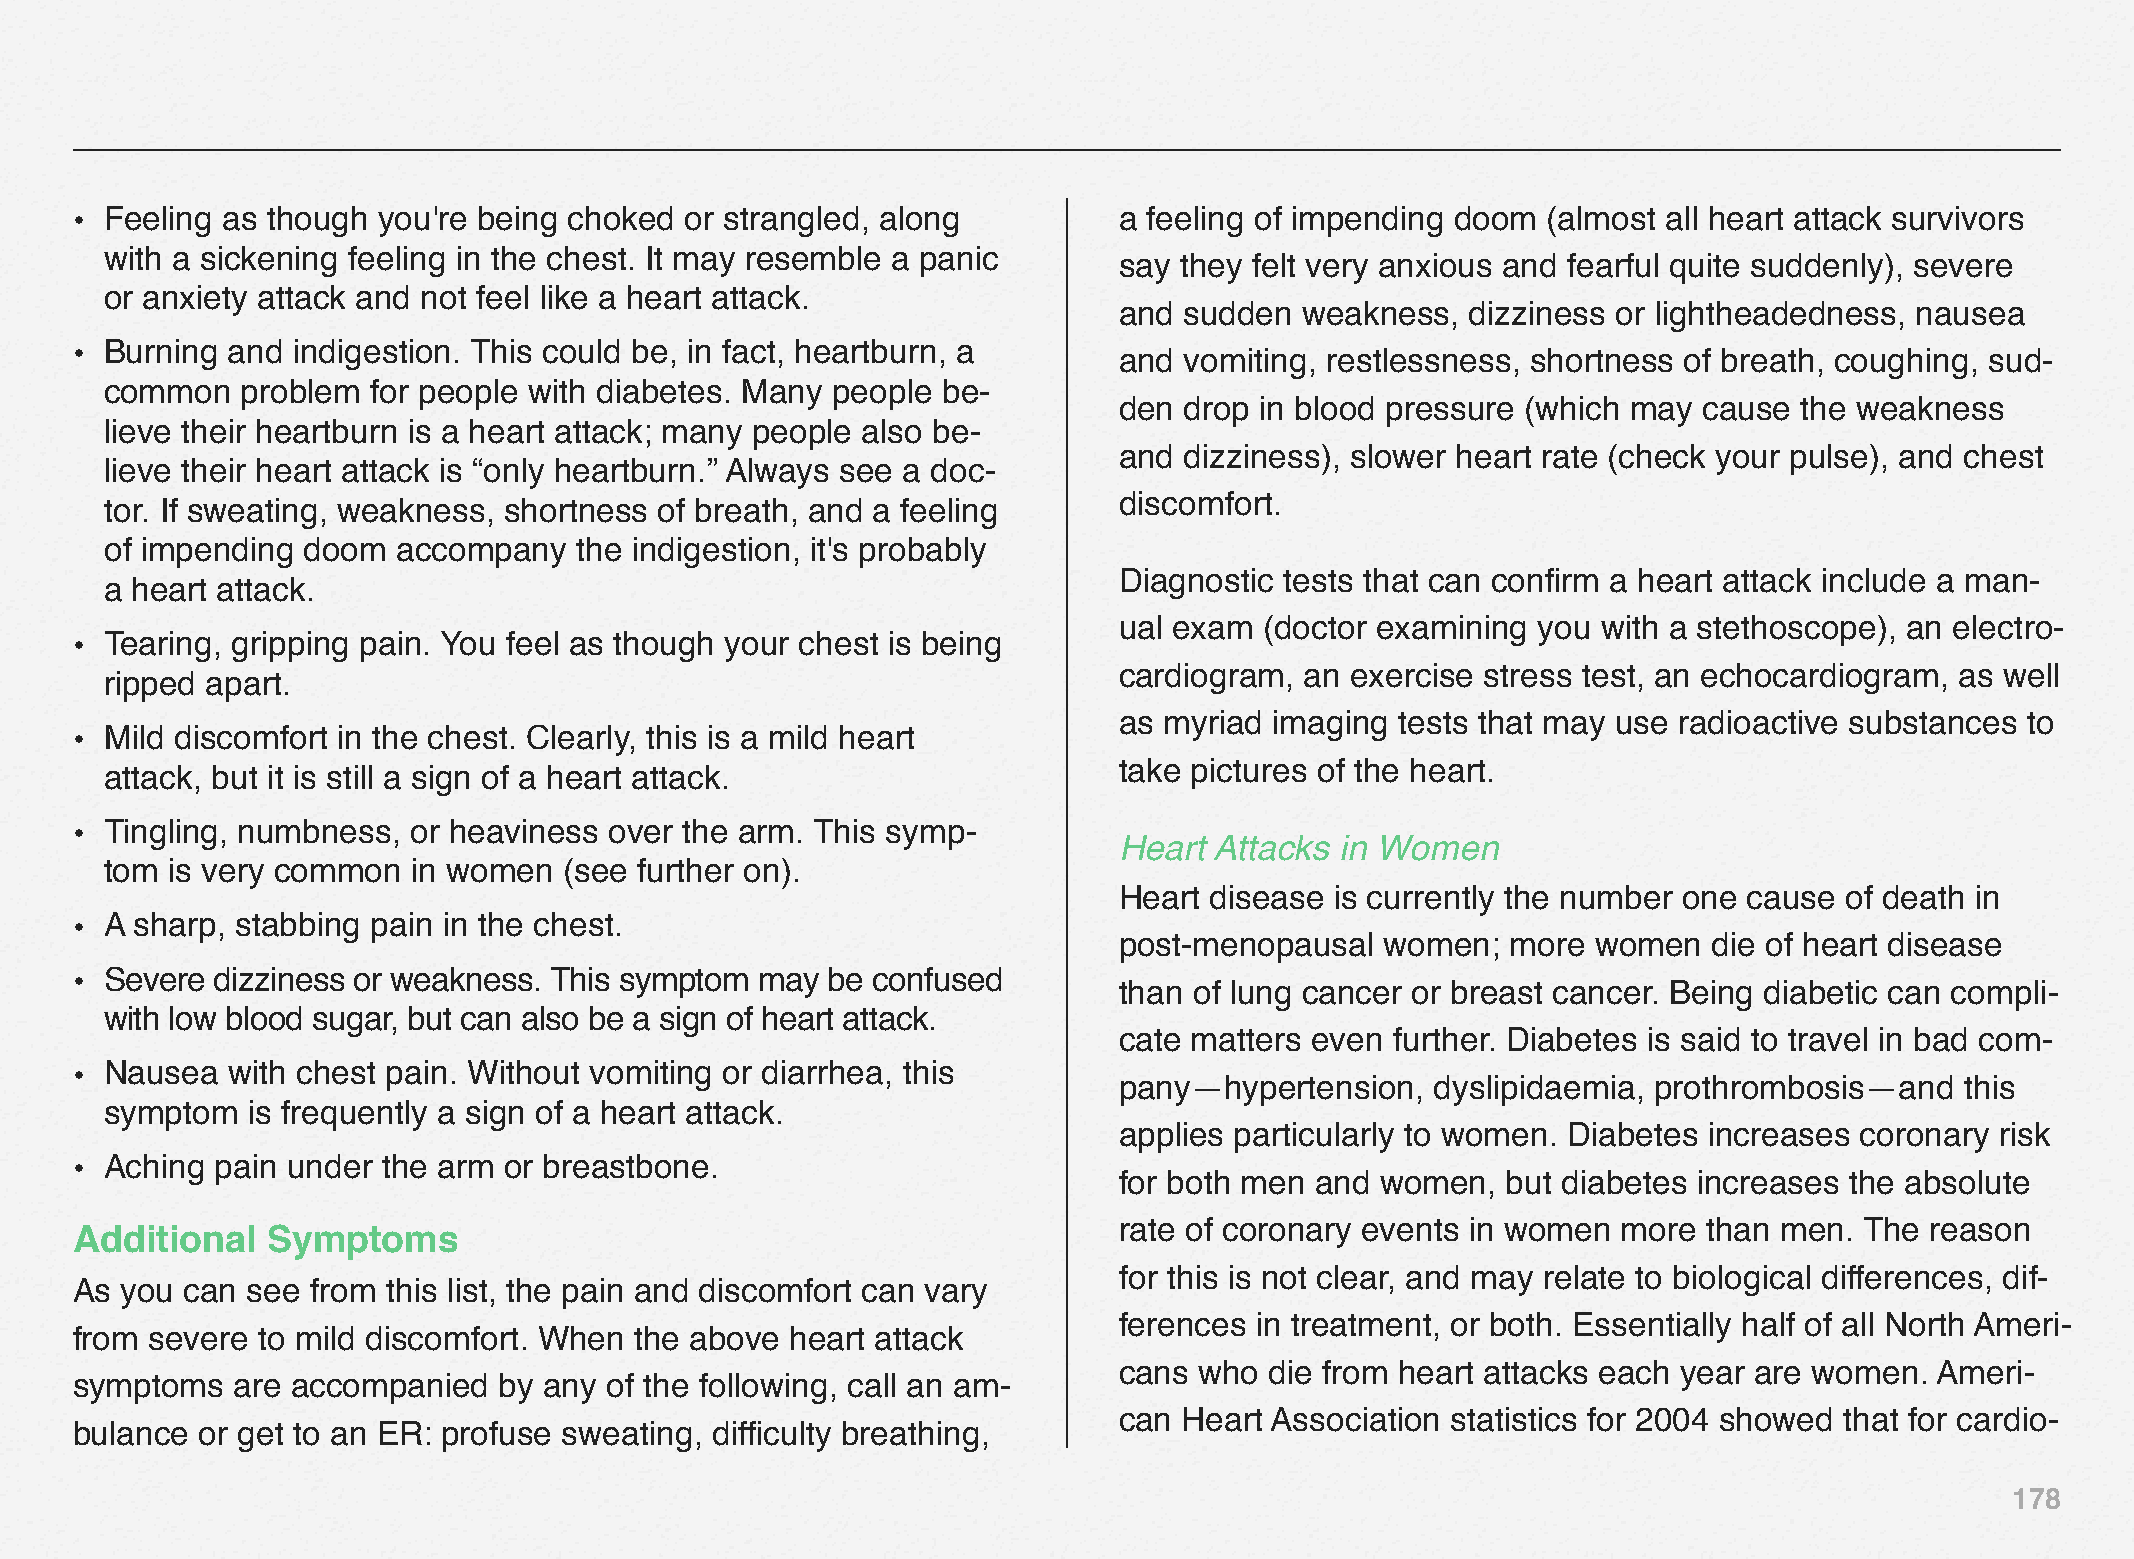
• Feeling as though you're being choked or strangled, along          a feeling of impending doom (almost all heart attack survivors
 with a sickening feeling in the chest. It may resemble a panic
 say they felt very anxious and fearful quite suddenly), severe
 or anxiety attack and not feel like a heart attack.
 and sudden  weakness,  dizziness or lightheadedness, nausea
 • Burning and indigestion. This could be, in fact, heartburn, a
 and vomiting, restlessness, shortness of breath, coughing, sud-
 common   problem  for people with diabetes. Many people be-
 den drop in blood pressure (which may  cause the weakness
 lieve their heartburn is a heart attack; many people also be-
 and dizziness), slower heart rate (check your pulse), and chest
 lieve their heart attack is “only heartburn.” Always see a doc-
 discomfort.
 tor. If sweating, weakness, shortness of breath, and a feeling
 of impending doom  accompany   the indigestion, it's probably
 Diagnostic tests that can confirm a heart attack include a man-
 a heart attack.
 ual exam  (doctor examining you with a stethoscope), an electro-
 • Tearing, gripping pain. You feel as though your chest is being
 cardiogram, an exercise stress test, an echocardiogram, as well
 ripped apart.
 as myriad imaging  tests that may use radioactive substances to
 • Mild discomfort in the chest. Clearly, this is a mild heart
 take pictures of the heart.
 attack, but it is still a sign of a heart attack.
 • Tingling, numbness, or heaviness over the arm. This symp-
 Heart Attacks  in Women
 tom is very common  in women  (see further on).
 Heart disease is currently the number one cause of death in
 • A sharp, stabbing pain in the chest.
 post-menopausal   women;  more  women  die of heart disease
 • Severe dizziness or weakness. This symptom may  be confused
 than of lung cancer or breast cancer. Being diabetic can compli-
 with low blood sugar, but can also be a sign of heart attack.
 cate matters even further. Diabetes is said to travel in bad com-
 • Nausea  with chest pain. Without vomiting or diarrhea, this
 pany—hypertension,   dyslipidaemia, prothrombosis—and   this
 symptom  is frequently a sign of a heart attack.
 applies particularly to women. Diabetes increases coronary risk
 • Aching pain under the arm or breastbone.
 for both men and women,   but diabetes increases the absolute
 rate of coronary events in women more  than men. The  reason
 Additional   Symptoms
 for this is not clear, and may relate to biological differences, dif-
 As you can see  from this list, the pain and discomfort can vary
 ferences in treatment, or both. Essentially half of all North Ameri-
 from severe to mild discomfort. When the above heart attack
 cans who  die from heart attacks each year are women. Ameri-
 symptoms  are accompanied   by any of the following, call an am-
 can Heart Association statistics for 2004 showed that for cardio-
 bulance or get to an ER: profuse sweating, difficulty breathing,
 178